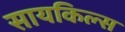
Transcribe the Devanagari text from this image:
सायकिल्स